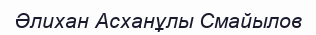
Әлихан Асханұлы Смайылов